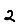
Digit: 2